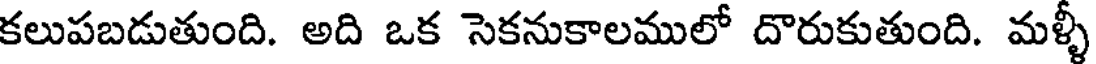
కలుపబడుతుంది. అది ఒక సెకనుకాలములో దొరుకుతుంది. మళ్ళీ